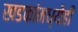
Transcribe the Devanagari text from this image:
खडकांमध्येही